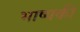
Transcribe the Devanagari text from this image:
भाष्यकी